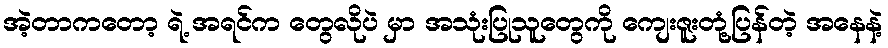
အဲ့တာကတော့ ရဲ့ အရင်က တွေလိုပဲ မှာ အသုံးပြုသူတွေကို ကျေးဇူးတုံ့ပြန်တဲ့ အနေနဲ့